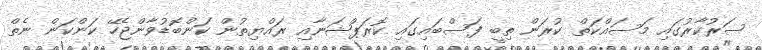
ސަރުކާރުގައި މަސައްކަތް ކުރަން ތިބީ ފަސްބައިގައި ކޮރަޕްޝަނާއި ރައްޔިތުން ކަންބޮޑުވާންޖެހޭ ކަންކަން ނެތް